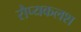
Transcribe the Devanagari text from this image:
रौप्यकलश